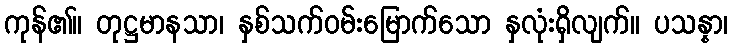
ကုန်၏။ တုဋ္ဌမာနသာ၊ နှစ်သက်ဝမ်းမြောက်သော နှလုံးရှိလျက်။ ပသန္နာ၊